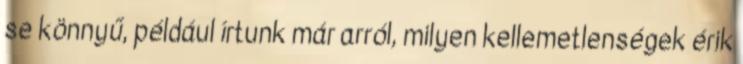
se könnyű, például írtunk már arról, milyen kellemetlenségek érik